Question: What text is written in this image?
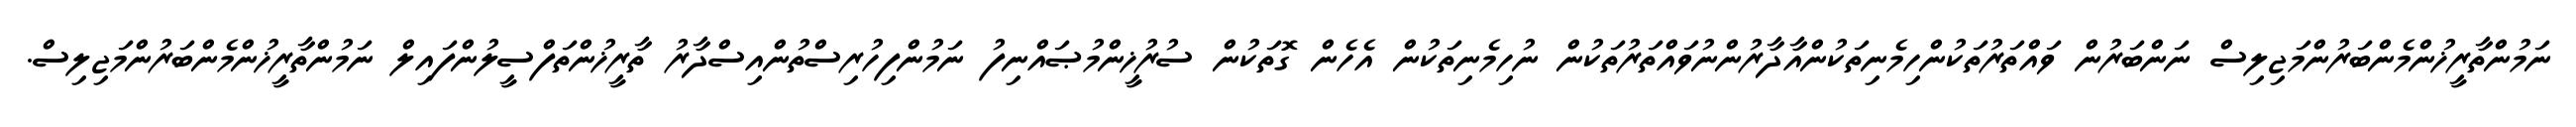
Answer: ނަމުންތާރީޚުންމެންބަރުންމަޖިލިސް ނަންބަރުން ވައްތަރުތަކުންހިމެނިތަކުންއާދާރުންނުވައްތަރުތަކުން ނުހިމެނިތަކުން އެހެން ގޮތަކުން ސުރުޚީންމުޞައްނިފު ނަމުންފިހުރިސްތުންއިސްދާރު ތާރީޚުންތަފްސީލުންފައިލް ނަމުންތާރީޚުންމެންބަރުންމަޖިލިސް.